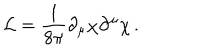
{ \cal L } = \frac { 1 } { 8 \pi } \partial _ { \mu } \chi \partial ^ { \mu } \chi \, .